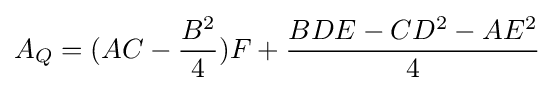
A_{Q}=(AC-{\frac {B^{2}}{4}})F+{\frac {BDE-C{D}^{2}-A{E}^{2}}{4}}